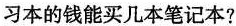
习本的钱能买几本笔记本?